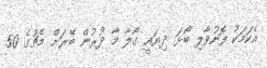
އެކަމަކު ފޮނުވާލި ބޯޅަ ދިޔައީ ގޯލާ މާ ދުރުން ބޭރަށް މެޗުގެ 50